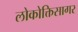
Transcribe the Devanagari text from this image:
लोकोक्तिसागर